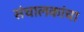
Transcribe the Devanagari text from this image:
संचालकांचा